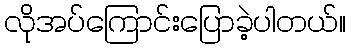
လိုအပ်ကြောင်းပြောခဲ့ပါတယ်။